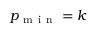
p _ { \mathrm { ~ m ~ i ~ n ~ } } = k